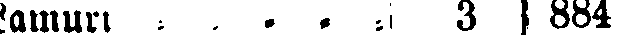
Lamuri - - - - - 3 884